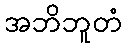
အဘိဘူတံ